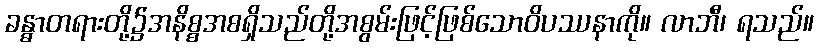
ခန္ဓာတရားတို့၌အနိစ္စအစရှိသည်တို့အစွမ်းဖြင့်ဖြစ်သောဝိပဿနာကို။ လာဘီ၊ ရသည်။